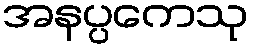
အနပ္ပကေသု